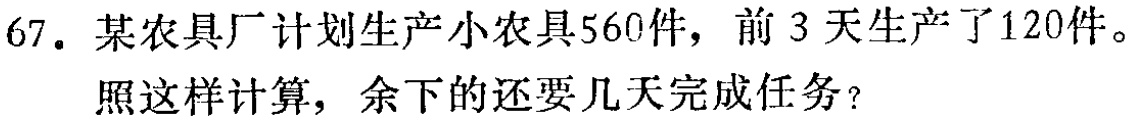
67. 某农具厂计划生产小农具560件，前3天生产了120件。
照这样计算，余下的还要几天完成任务？